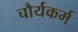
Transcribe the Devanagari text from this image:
चौर्यकर्म